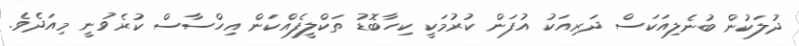
ދުލަކުން ބުނެލިއަކަސް ދަރިއަކު އުފަން ކުރުމަކީ ކިހާބޮޑު ތަކްލީފެއްކަން އިހްސާސް ކުރެވުނީ މިއަދެވެ.